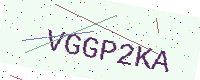
Text: VGGP2KA